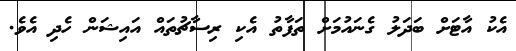
އެކު އާޓަށް ބަދަލު ގެނައުމަށް ތަފާތު އެކި ރިސާޗުތައް އައިޝަން ހެދި އެވެ.